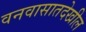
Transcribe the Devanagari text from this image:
वनवासातदेखील